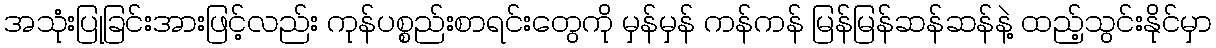
အသုံးပြုခြင်းအားဖြင့်လည်း ကုန်ပစ္စည်းစာရင်းတွေကို မှန်မှန် ကန်ကန် မြန်မြန်ဆန်ဆန်နဲ့ ထည့်သွင်းနိုင်မှာ